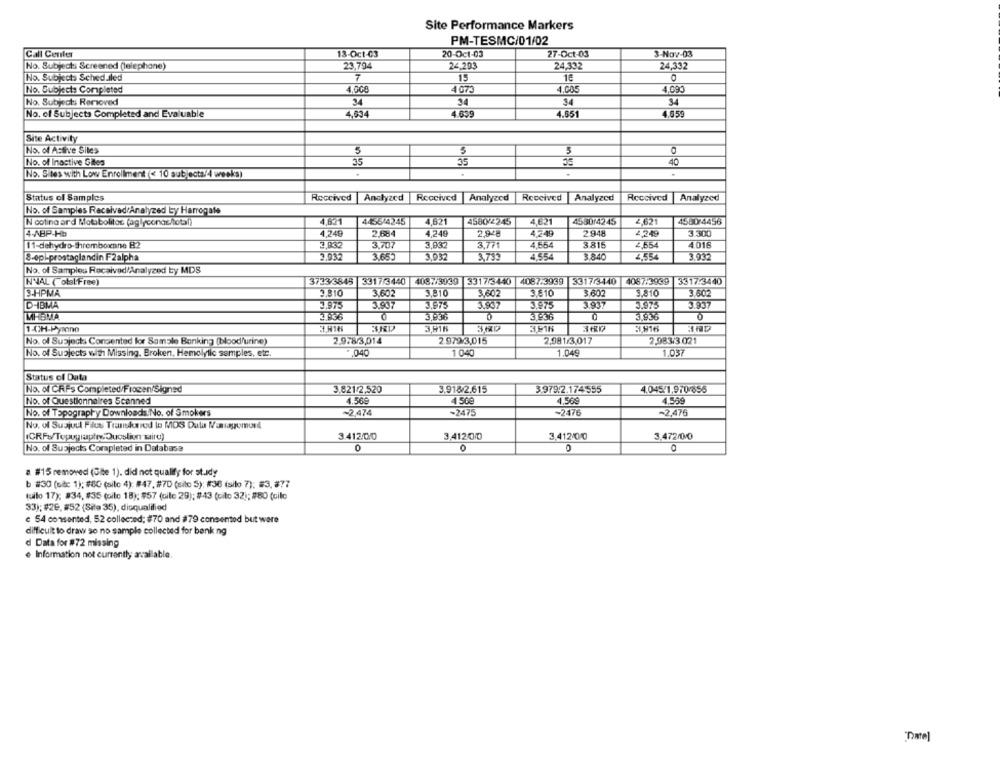
Site Performance Markers
PM-TESMC/01/02
Call Center
13-Oct-03
20-Oct-03
27-Oct-03
3-Nov-03
No. Subjects Screened (telephone)
23,794
24,293
24,332
24,332
No. Subjects Scheduled
7
15
1€
No. Subject: Completed
4.000
4073
4,005
4.090
34
No. Subjects Removed
34
34
No. of Subjects Completed and Evaluable
4,634
4.639
4.651
4.059
Site Activity
No. of Active Siles
35
3
No. of Inactive Sites
35
35
40
No. Sites with Low Enrollment (< 10 subjecta/4 weeks)
Status of Samples
Received Analyzed
Received Analyzed |Received |Analyzed
Received
Analyzed
No. of Samples Received/Analyzed by Harrogate
IN cotina ard Motibolitos (aglyconac/total)
4,621
4455/4245
4,621
4580 2245
4.621
453014245
2,621
4560/4456
4-ABP-Hb
4,249
2.684
4,249
2.948
4,249
2.948
4,249
3.300
3,932
3.707
3,932
3.771
4.654
3816
4016
11-dehydro-Shromboxane B2
2,654
S-epi-prostaglandin F2alpha
2.932
3.932
3,733
4,554
3.840
2,554
3.932
No. of Samples Received/Analyzed by MDS
INVAL ( obal Free)
3733/3845 3317/3440 4087/3939 3317/3440 4087.3939 3317/3440
4067/3939
3317:3440
3-HPMA
3.810
3.602
3,810
3.602
3.810
3.602
3.810
3.502
D-IBMA
3,975
3.907
3,975
3,937
3.975
3.937
3,975
3.937
MHEMA
3.838
3.936
3,936
3.916
1-OH-Pyrone
No. of Subjects Consented for Sample Banking (blood/urine)
2.978/3,014
2.972/3,015
2,981/3.017
2.983/3.021
No. of Subjects with Missing. Broken, Hemolytic samples, etc.
*. 040
1 040
1.049
1.037
Status of Data
3.918/2.615
3.979:2.174555
4.045/1,970/855
No. of CRPs Completed/Frozen/Signed
3.821/2,520
No. of Questionnaires Scanned
4.56€
4.569
4.569
~2,474
-2475
+2476
~2,476
No. of Topography Downloads No. of Smokers
No. of Susjuul Files Transkarod lo MOS Dula Nossayomund
3,41200
3,412/00
3.472/00
ICRFs/Topography,Quesliun taird)
3.412/00
No. of Subjects Completed in Database
0
0
& #15 removed (Site 1). did not qualify for st.idy
b #30 (udc 1); #80 (site 4): #47, #70 (sito 5): #36 (silo 7): #3, 877
quilo 17); #34, #35 (oile 18); #57 (oile 29); #43 (cito 32); #80 (cilo
33); #20, #52 (Site 35), disqualified
c 54 consented, 52 collected; #70 and #79 consented but were
difficult to draw so no sample collected for bank ng
d Data for #72 missing
e Information not currently available.
"Thate]